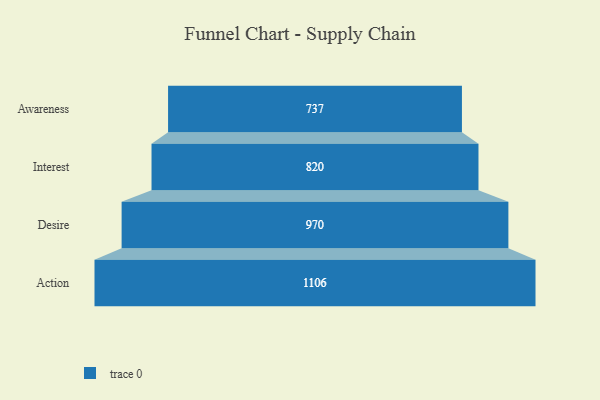
{"axis": {"x": "Stage", "y": "Value"}, "legend": [""], "data": [{"x": "Awareness", "y": 737.0, "type": ""}, {"x": "Interest", "y": 820.0, "type": ""}, {"x": "Desire", "y": 970.0, "type": ""}, {"x": "Action", "y": 1106.0, "type": ""}]}